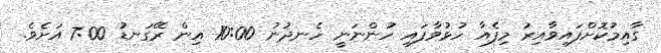
ގާއިމުކޮށްފައިވާއިރު މިފެއާ ހުޅުވާފައި ހުންނަނީ ހެނދުނު 10:00 އިން ރޭގަނޑު 7:00 އަށެވެ.